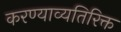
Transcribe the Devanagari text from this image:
करण्याव्यतिरिक्त